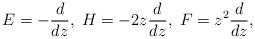
LaTeX: \begin{align*} E=-\frac{d}{dz},\; H=-2z\frac{d}{dz},\; F=z^{2}\frac{d}{dz},\end{align*}